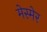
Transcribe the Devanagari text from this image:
मेस्मेर